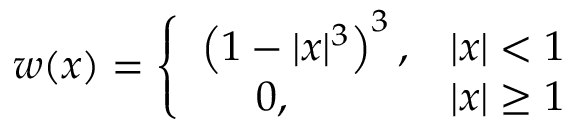
w ( x ) = \left\{ \begin{array} { l l } { \left( 1 - | x | ^ { 3 } \right) ^ { 3 } , } & { | x | < 1 } \\ { ~ ~ ~ ~ 0 , } & { | x | \ge 1 } \end{array} \right.